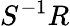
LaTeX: S^{-1}R